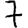
Digit: 7